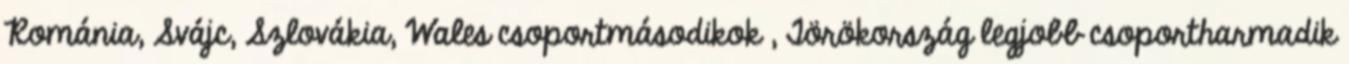
Románia, Svájc, Szlovákia, Wales csoportmásodikok , Törökország legjobb csoportharmadik